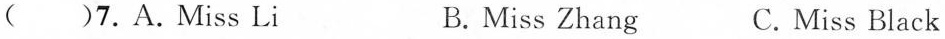
( )7.A.Miss Li B. Miss Zhang C.Miss Black